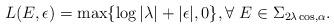
LaTeX: \begin{align*}L(E,\epsilon)=\max \{\log |\lambda|+|\epsilon|,0\}, \forall \ E\in \Sigma_{2\lambda \cos,\alpha}.\end{align*}